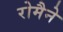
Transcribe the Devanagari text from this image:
रोमैने